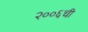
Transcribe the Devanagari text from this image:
२००६ची